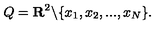
Q = { \bf R } ^ { 2 } \backslash \{ x _ { 1 } , x _ { 2 } , . . . , x _ { N } \} .